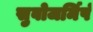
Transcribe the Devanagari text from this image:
सुवोजर्मिषं